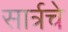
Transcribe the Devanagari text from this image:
सार्त्रचे